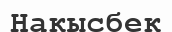
Накысбек